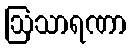
ဩသာရဏာ